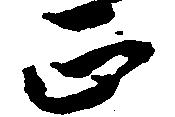
正